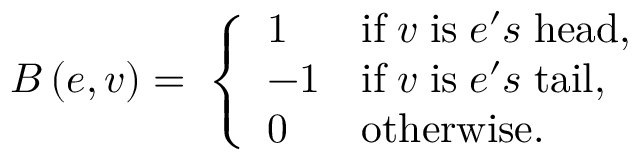
B \left( e , v \right) = \; \left\lbrace \begin{array} { l l } { 1 } & { \mathrm { i f } \; v \; \mathrm { i s } \; e ^ { \prime } s \; \mathrm { h e a d } , } \\ { - 1 } & { \mathrm { i f } \; v \; \mathrm { i s } \; e ^ { \prime } s \; \mathrm { t a i l } , } \\ { 0 } & { \mathrm { o t h e r w i s e } \ldotp } \end{array} \right.